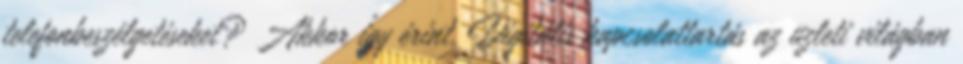
telefonbeszélgetéseket? Akkor így érint. Digitális kapcsolattartás az üzleti világban